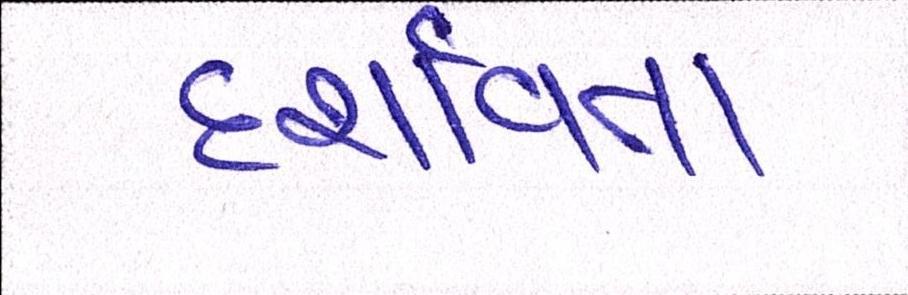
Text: દશાર્વતા